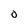
Character: O